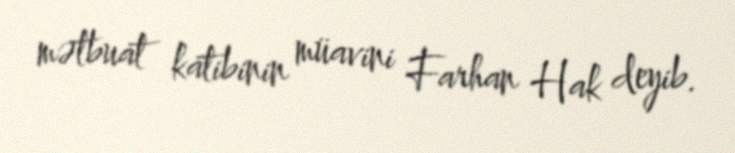
mətbuat katibinin müavini Farhan Hak deyib.